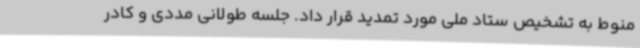
منوط به تشخیص ستاد ملی مورد تمدید قرار داد. جلسه طولانی مددی و کادر